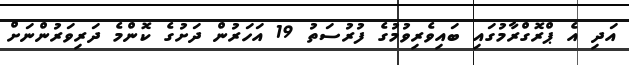
އަދި އެ ޕްރޮގްރާމުގައި ބައިވެރިވުމުގެ ފުރުސަތު 19 އަހަރުން ދަށުގެ ކޮންމެ ދަރިވަރުންނަށް